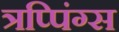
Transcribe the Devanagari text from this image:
त्रप्पिंग्स